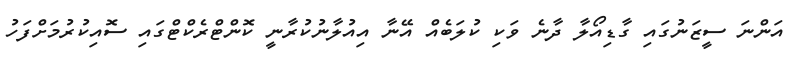
އަންނަ ސީޒަނުގައި ގާޑިއޯލާ ދާނެ ވަކި ކުލަބެއް އޭނާ އިއުލާނުކުރާނީ ކޮންޓްރެކްޓްގައި ސޮއިކުރުމަށްފަހު